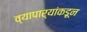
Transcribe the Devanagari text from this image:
व्यापार्यांकडून